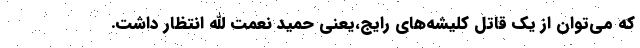
که می‌توان از یک‌ قاتل کلیشه‌های رایج،یعنی حمید نعمت الله انتظار داشت.